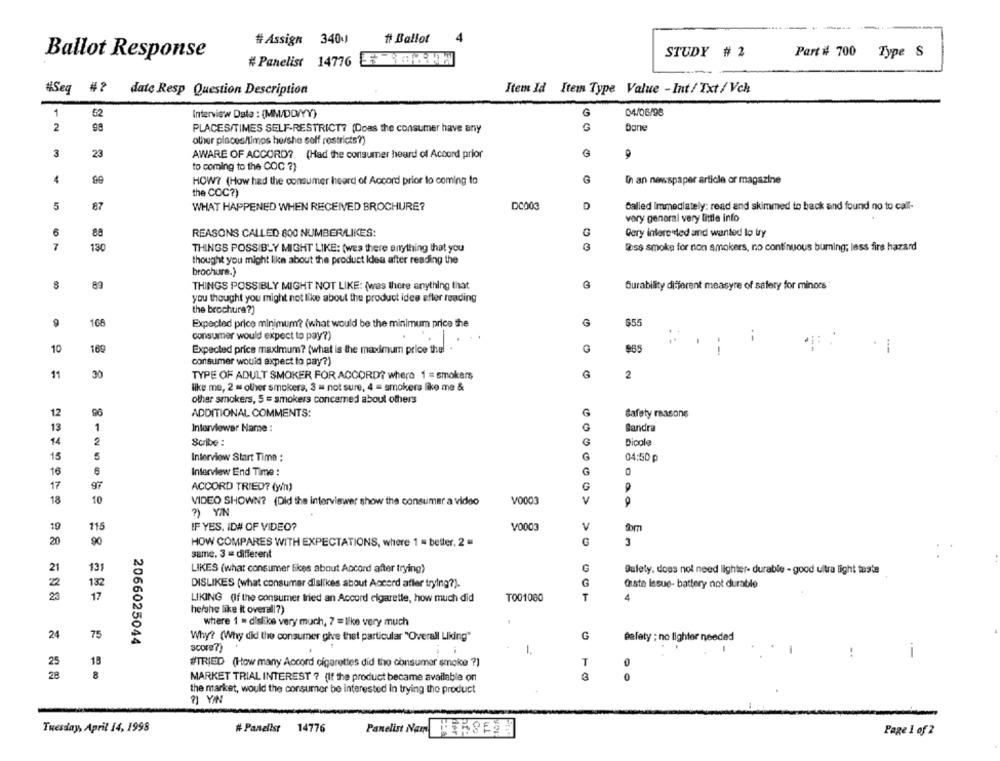
4
#Assign 3400
# Ballot
STUDY # 2
Ballot Response
#Panelist 14776 8 KW
Part # 700 Type S
#Seq #? date Resp Question Description
Item Id Item Type Value - Int/ Txt / Vch
1
52
Interview Data : (MM/DD/YY)
G
04/06/98
2
PLACES/TIMES SELF-RESTRICT? (Doas the consumer have any
bone
other places/limps hershe self restricts?)
3
23
AWARE OF ACCORD? (Had the consumer heard of Accord prior
to coming to the COC 7}
4
HOW? (How had the consumer heard of Accord prior to coming to
In an newspaper article or magazine
the COC?)
5
87
WHAT HAPPENED WHEN RECEIVED BROCHURE?
DC003
D
Called Immediately: read and skimmed to back and found no to call-
very general very little info
6
88
REASONS CALLED 800 NUMBER/LIKES:
G
Gery interested and wanted to try
7
130
THINGS POSSIBLY MIGHT LIKE: (wes there anything that you
tass smoke for non smokers, no continuous buming; lass fire hazard
thought you might like about the product Idea after reading the
brochure.}
89
THINGS POSSIBLY MIGHT NOT LIKE: (was there anything that
Burability different measyre of safety for minons
you thought you might not like about the product ides efter reading
the brochura?)
9
Expected price minimum? (what would be the minimum price the
$55
consumer would expect to pay?)
..
--
10
169
Expected price maximum? (what is the maximum price thel .
G
965
--
consumer would expect to pay?)
30
11
TYPE OF ADULT SMOKER FOR ACCORD? where 1 = smokers
G
2
like me, 2 m other smokers, 3 m not sure, 4 = smokers like me &
other smokers, 5 = smokers concerned about others
96
G
12
ADDITIONAL COMMENTS:
Safety reasons
13
G
Sandra
1
Interviewer Name :
14
2
Scribe :
G
Dipole
5
Interview Start Time :
G
15
04:50 p
16
6
Interview End Time :
G
17
97
ACCORD TRIED? (yn)
G
18
10
VIDEO SHOWN? (Did the interviewer show the consumer a video
V0003
V
?) YIN
115
IF YES. ID# OF VIDEO?
V
19
V/0003
90
G
20
HOW COMPARES WITH EXPECTATIONS, where 1 = better. 2 =
3
same. 3 = different
21
131
LIKES (what consumer likes about Accord after trying)
G
Safety, does not need lighter- durable - good ultra light taste
132
DISLIKES (what consumer dislikes about Accord after trying?).
G
Gaste Issue- battery not durable
23
17
LIKING (If the consumer fried an Accord cigarette, how much did
T001080
T
4
he/she like it overall?)
where 1 = dislike very much, 7 = like very much
24
75
2066025044
Why? (Why did the consumer give that particular "Overall Liking"
G
Bafaty : no lighter needed
1.
-
..
25
18
#TRIED (How many Accord cigarettes did the consumer smoke ?)
T
28
8
MARKET TRIAL INTEREST ? (If the product became available on
the market, would the consumer be interested In trying the product
?] YIN
Tuesday, April 14, 1998
# Panelist 14776
Panelist Nam HERSEN
Page 1 of 2